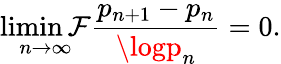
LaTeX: \operatorname*{limin\mathcal{F}}_{n\to\infty}{\frac{{p_{n+1}-p_{n}}}{{\logp_{n}}}}=0.